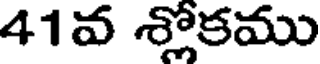
41వ శ్లోకము